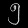
Digit: ၅